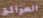
العوائق